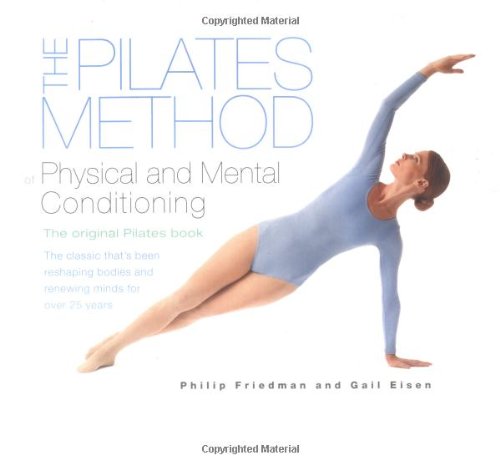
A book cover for The Pilates Method of Physical and Mental Conditioning; Philip Friedman; Health, Fitness & Dieting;